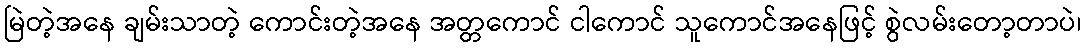
မြဲတဲ့အနေ ချမ်းသာတဲ့ ကောင်းတဲ့အနေ အတ္တကောင် ငါကောင် သူကောင်အနေဖြင့် စွဲလမ်းတော့တာပဲ၊